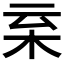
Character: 𣐂